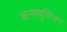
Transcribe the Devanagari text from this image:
कन्फ्युशियन